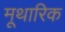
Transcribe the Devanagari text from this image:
मूथारिक